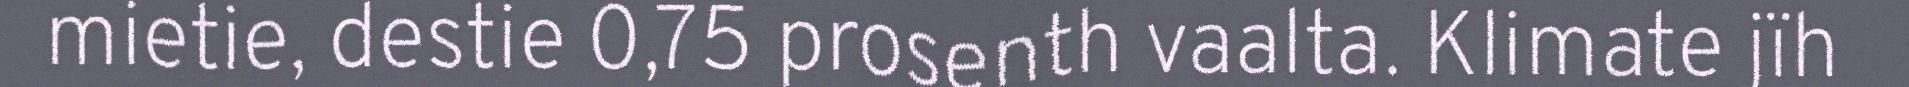
mietie, destie 0,75 prosenth vaalta. Klimate jïh